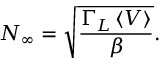
N _ { \infty } = \sqrt { \frac { \Gamma _ { L } \left\langle V \right\rangle } { \beta } } .